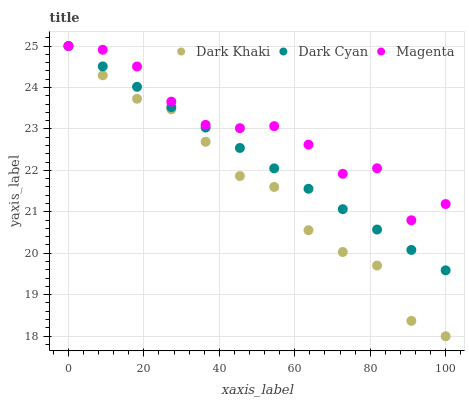
| xaxis_label | Dark Khaki | Dark Cyan | Magenta |
 | --- | --- | --- | --- |
 | 0 | 25 | 25 | 25 |
 | 9.09 | 24.3 | 24.5 | 24.9 |
 | 18.2 | 23.7 | 24 | 24.5 |
 | 27.3 | 23.5 | 23.5 | 23.7 |
 | 36.4 | 22.7 | 23 | 23.1 |
 | 45.5 | 21.9 | 22.5 | 23 |
 | 54.5 | 21.6 | 22 | 23.1 |
 | 63.6 | 20.6 | 21.6 | 22.6 |
 | 72.7 | 20 | 21.1 | 21.9 |
 | 81.8 | 19.7 | 20.6 | 22.1 |
 | 90.9 | 18.4 | 20.1 | 20.8 |
 | 100 | 18 | 19.6 | 21.2 |